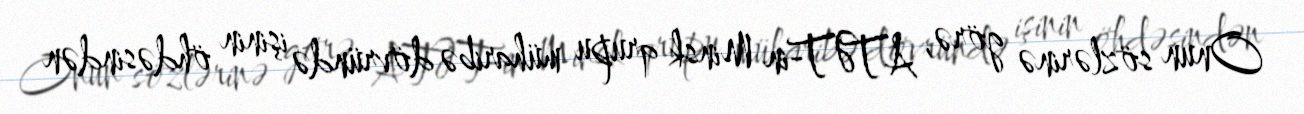
Onun sözlərinə görə, ATƏT-in Minsk qrupu müharibə dövründə işinin öhdəsindən